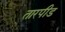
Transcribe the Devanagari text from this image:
तारपीड